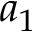
a _ { 1 }